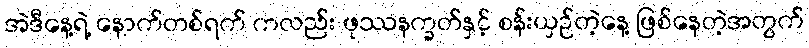
အဲဒီနေ့ရဲ့ နောက်တစ်ရက် ကလည်း ဖုဿနက္ခတ်နှင့် စန်းယှဉ်တဲ့နေ့ ဖြစ်နေတဲ့အတွက်